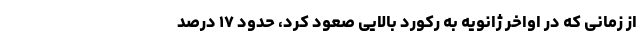
از زمانی که در اواخر ژانویه به رکورد بالایی صعود کرد، حدود ۱۷ درصد